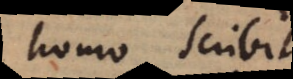
homo scribit,